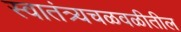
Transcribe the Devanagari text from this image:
स्वातंत्र्यचळवळीतील